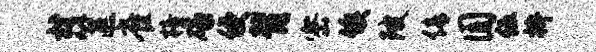
材筐雀榜碌侵背密俟陂倩圆伍拚